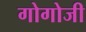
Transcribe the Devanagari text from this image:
गोगोजी